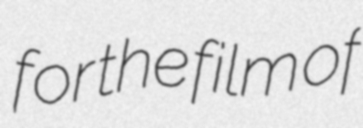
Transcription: for the film of